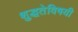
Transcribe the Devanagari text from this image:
शुद्धतेविषयी